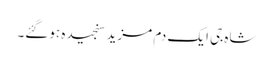
شاہ جی ایک دم مزید سنجیدہ ہوگئے۔